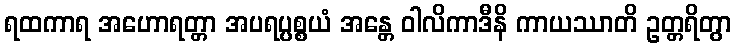
ရထကာရ အဟောရတ္တာ အပရပ္ပစ္စယံ အန္တေ ဝါလိကာဒီနိ ကာယဿာတိ ဥတ္တရိတွာ